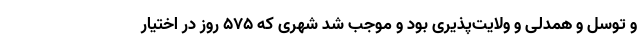
و توسل و همدلی و ولایت‌پذیری بود و موجب شد شهری که 575 روز در اختیار